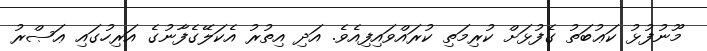
މޫނުފުޅު ކަޢުބަތު ގެފުޅަށް ކުރިމަތި ކުރައްވައިފިއެވެ. އަދި އިތުރު އެކަލޭގެފާނުގެ އަރިހުގައި ޢަޞްރު